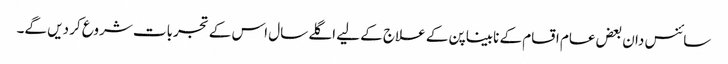
سائنس دان بعض عام اقسام کے نابیناپن کے علاج کے لیے اگلے سال اس کے تجربات شروع کر دیں گے۔